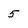
Character: 5